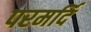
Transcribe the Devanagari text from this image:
परमर्दि